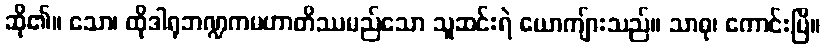
ဆို၏။ သော၊ ထိုဒါရုဘဏ္ဍကမဟာတိဿမည်သော သူဆင်းရဲ ယောကျ်ားသည်။ သာဓု၊ ကောင်းပြီ။